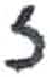
אות: ז